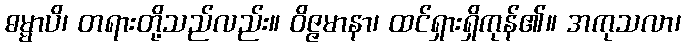
ဓမ္မာပိ၊ တရားတို့သည်လည်း။ ဝိဇ္ဇမာနာ၊ ထင်ရှားရှိကုန်၏။ အကုသလာ၊